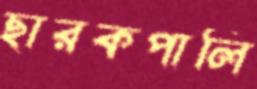
ছারকপালি